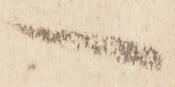
一